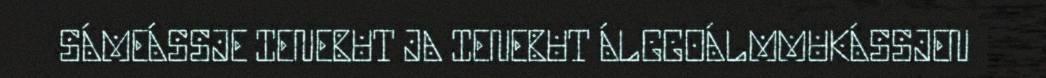
SÁMEÁSSJE IENEBUT JA IENEBUT ÁLGGOÁLMMUKÁSSJEN